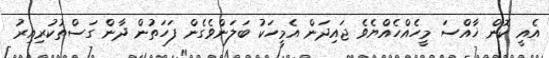
އެއީ ކޮން ޚާއްސަ މީހެއްހެއްޔެވެ ޖައިދަން އެމީހަކު ބަލަންވެގެން ފަހަތުން ދާން ގަސްތުކުރިއިރު